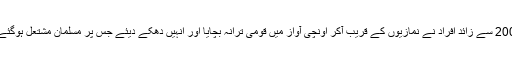
200 سے زائد افراد نے نمازیوں کے قریب آکر اونچی آواز میں قومی ترانہ بچایا اور انہیں دھکے دیئے جس پر مسلمان مشتعل ہوگئے۔